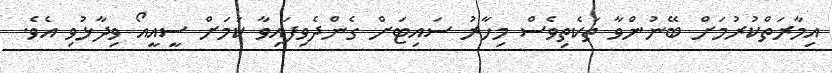
އިމާރަތްކުރުމަށް ބޭނުންވާ ތަކެތިވެސް މިހާރު ސައިޓަށް ގެންދެވިފައިވާ ކަމަށް ސީއީއޯ ވިދާޅުވި އެވެ.